38_143685_box_Incident_Summaries_173-233
Agency: Department of War
Page 60
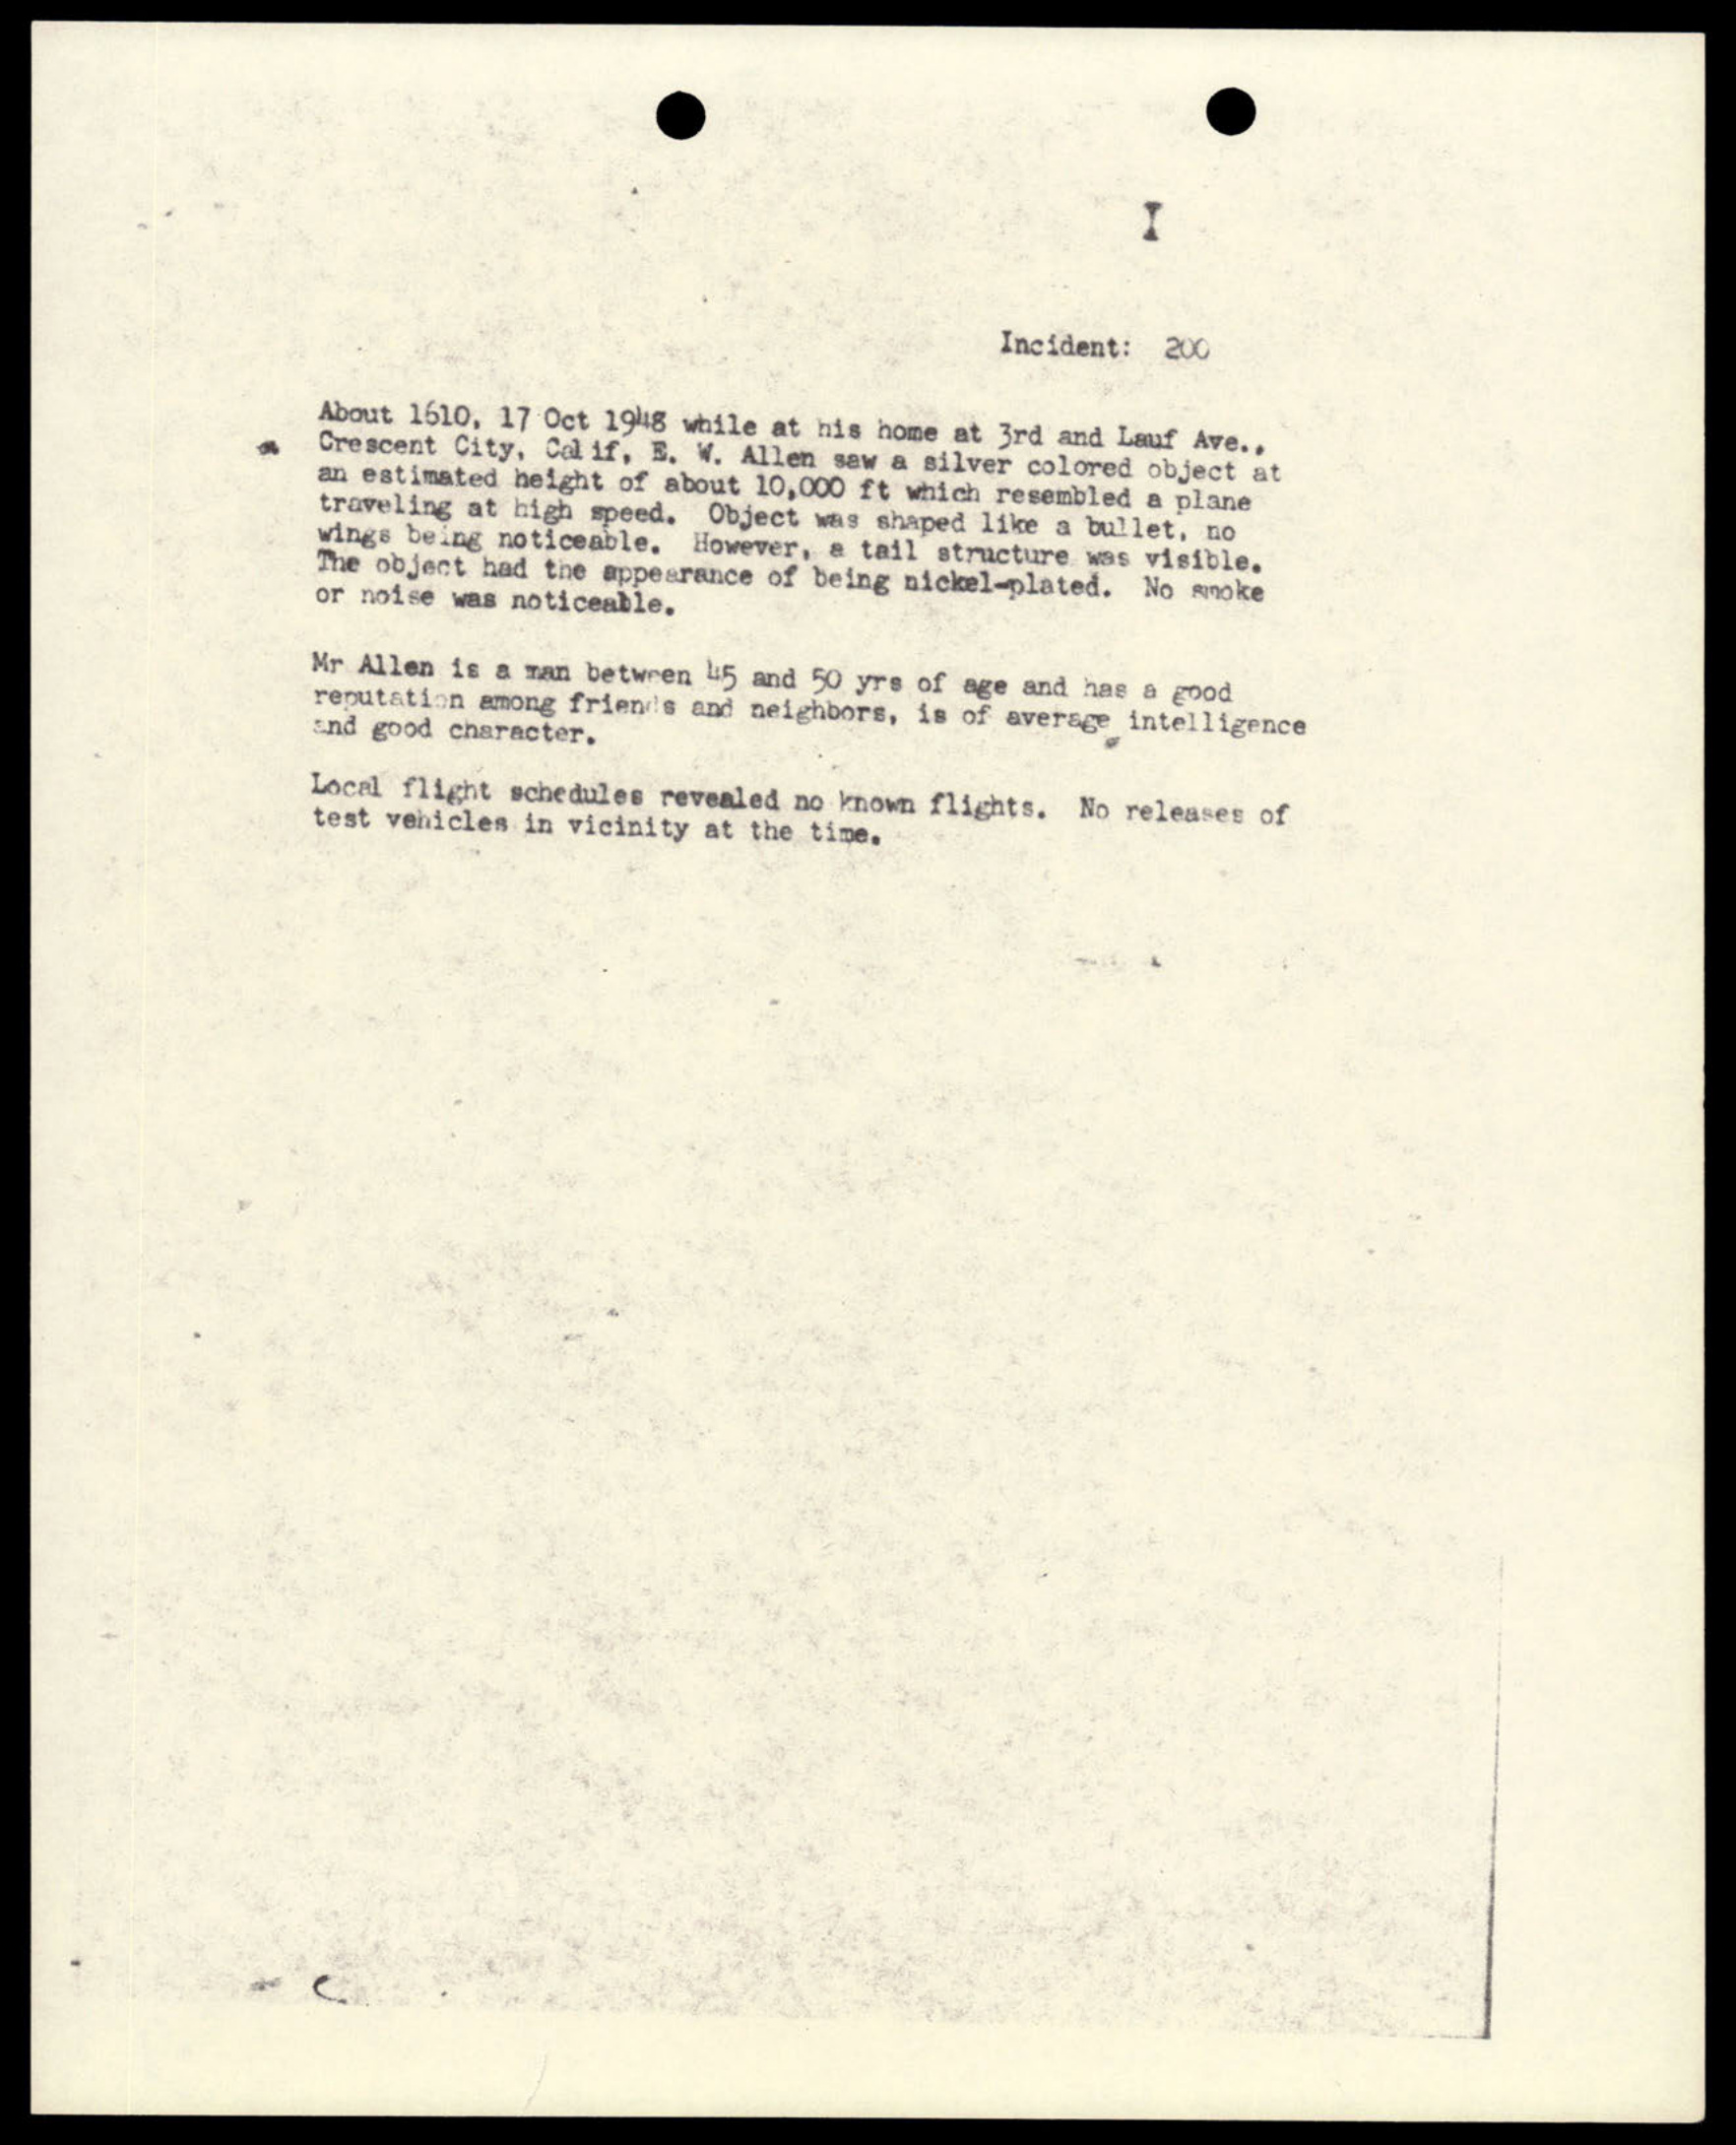